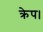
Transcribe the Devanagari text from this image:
क्रेप।